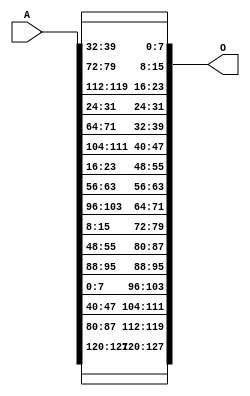
`timescale 1ns / 1ps
//////////////////////////////////////////////////////////////////////////////////
// Company: 
// Engineer: 
// 
// Design Name: 
// Module Name: Shift_Rows
// Project Name: 
// Target Devices: 
// Tool Versions: 
// Description: 
// 
// Dependencies: 
// 
// Revision:
// Revision 0.01 - File Created
// Additional Comments:
// 
//////////////////////////////////////////////////////////////////////////////////


module Shift_Rows(A,O);
input [0:127] A;
output [0:127] O;
//First row
assign O[0:7]=A[0:7];
assign O[32:39]=A[32:39];
assign O[64:71]=A[64:71];
assign O[96:103]=A[96:103];
//second rown
assign O[8:15]=A[40:47];
assign O[40:47]=A[72:79];
assign O[72:79]=A[104:111];
assign O[104:111]=A[8:15];
//third row
assign O[16:23]=A[80:87];
assign O[48:55]=A[112:119];
assign O[80:87]=A[16:23];
assign O[112:119]=A[48:55];
//Fourth row
assign O[24:31]=A[120:127];
assign O[56:63]=A[24:31];
assign O[88:95]=A[56:63];
assign O[120:127]=A[88:95];
/*assign O[0:31]=A[0:31]; // First row remains first row
//Second row
assign O[32:39]=A[40:47];
assign O[40:47]=A[48:55];
assign O[48:55]=A[56:63];
assign O[56:63]=A[32:39];
//thrid row
assign O[64:71]=A[80:87];
assign O[72:79]=A[88:95];
assign O[80:87]=A[64:71];
assign O[88:95]=A[72:79];
//Fourth row
assign O[96:103]=A[120:127];
assign O[104:111]=A[96:103];
assign O[112:119]=A[104:111];
assign O[120:127]=A[112:119];*/
endmodule